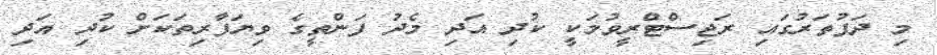
މި ދަފުތަރުގައި ރަޖިސްޓްރީވުމަކީ ކުދި އަދި މެދު ފަންތީގެ ވިޔަފާރިތަކަށް ކުދި އަދި